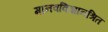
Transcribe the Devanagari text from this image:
मानवविज्ञानश्रित